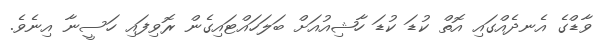
ވާޑްގެ އެނދެއްގައި އޮތް ކުޑަ ކުޑަ ހާޝިއުއަށް ބަލަހައްޓައިގެން ރޮވިފައި ހަސީނާ އިނެވެ.